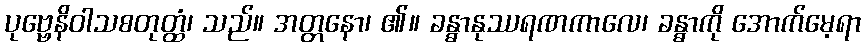
ပုဗ္ဗေနိဝါသစတုတ္ထံ၊ သည်။ အတ္တနော၊ ၏။ ခန္ဓာနုဿရဏကာလေ၊ ခန္ဓာကို အောက်မေ့ရာ